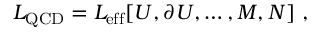
{ \cal L } _ { \mathrm { Q C D } } = { \cal L } _ { \mathrm { e f f } } [ U , \partial U , \ldots , { \cal M } , N ] \, \, ,